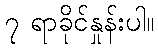
၇ ရာခိုင်နှုန်းပါ။